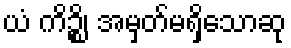
ယံ ကိဉ္စိ၊ အမှတ်မရှိသောဆု